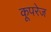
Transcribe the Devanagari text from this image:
कूपरेज